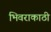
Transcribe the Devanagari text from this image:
भिवराकाठी